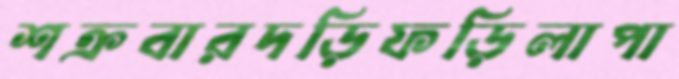
শক্রবারদড়িফড়িলাপা